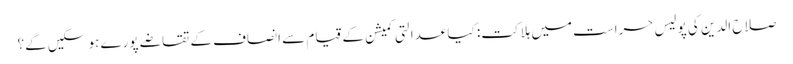
صلاح الدین کی پولیس حراست میں ہلاکت: کیا عدالتی کمیشن کے قیام سے انصاف کے تقاضے پورے ہو سکیں گے؟